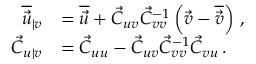
\begin{array} { r l } { \overline { { \vec { u } } } _ { \vert v } } & { = \overline { { \vec { u } } } + \vec { C } _ { u v } \vec { C } _ { v v } ^ { - 1 } \left( \vec { v } - \overline { { \vec { v } } } \right) \, , } \\ { \vec { C } _ { u \vert v } } & { = \vec { C } _ { u u } - \vec { C } _ { u v } \vec { C } _ { v v } ^ { - 1 } \vec { C } _ { v u } \, . } \end{array}